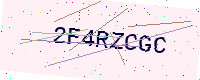
Text: 2F4RZCGC